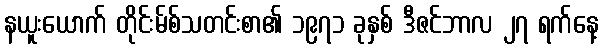
နယူးယောက် တိုင်းမ်စ်သတင်းစာ၏ ၁၉၇၁ ခုနှစ် ဒီဇင်ဘာလ ၂၇ ရက်နေ့